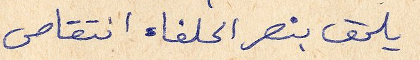
يلحق بنصر الحلفاء انتقاص